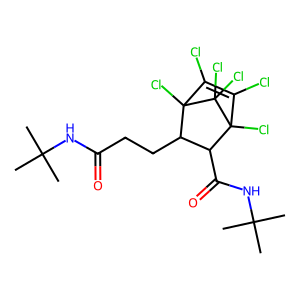
SMILES: CC(C)(C)NC(=O)CCC1C(C(=O)NC(C)(C)C)C2(Cl)C(Cl)=C(Cl)C1(Cl)C2(Cl)Cl
Inhibits HIV replication: No